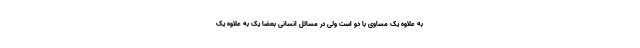
به علاوه یک مساوی با دو است ولی در مسائل انسانی بعضا یک به علاوه یک